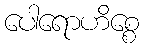
ပေါရောဟိစ္စေ